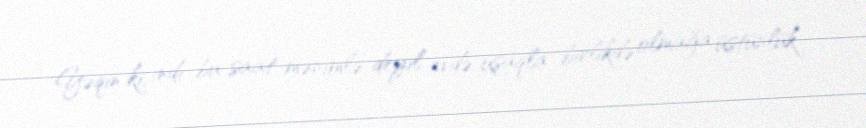
Yəqin ki, indi bu saat mənimlə deyil evdə uşaqla birlikdə olmağa üstünlük